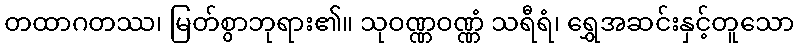
တထာဂတဿ၊ မြတ်စွာဘုရား၏။ သုဝဏ္ဏဝဏ္ဏံ သရီရံ၊ ရွှေအဆင်းနှင့်တူသော